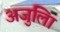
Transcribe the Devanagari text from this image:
अजुलिा